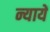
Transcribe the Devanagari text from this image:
न्यायें